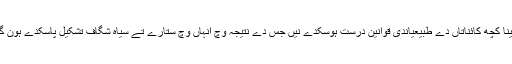
. یقیناً کچھ کائناتاں دے طبیعیاندی قوانین درست ہوسکدے نيں جس دے نتیجہ وچ انہاں وچ ستارے تے سیاہ شگاف تشکیل پاسکدے ہون گے۔